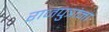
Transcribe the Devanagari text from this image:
राजपुत्रांना